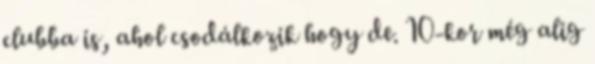
clubba is, ahol csodálkozik hogy de. 10-kor még alig